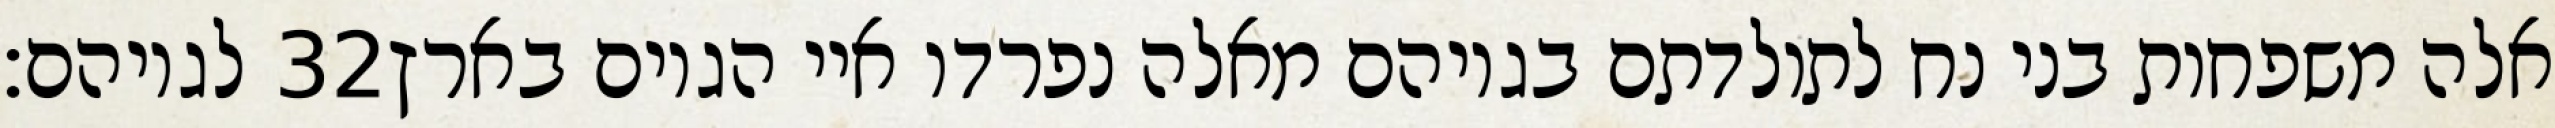
לגויהם׃ ‎32‏ אלה משפחות בני נח לתולדתם בגויהם מאלה נפרדו איי הגוים בארץ